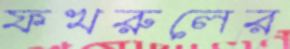
ফখরুলের